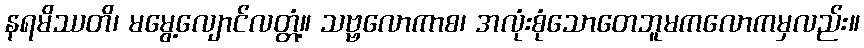
နရမိဿတိ၊ မမွေ့လျောင်လတ္တံ့။ သဗ္ဗလောကာစ၊ အလုံးစုံသောတေဘူမကလောကမှလည်း။